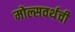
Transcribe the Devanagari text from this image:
मोल्सवर्थची